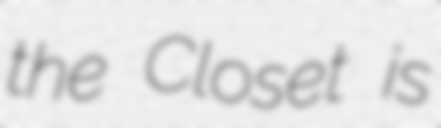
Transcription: the Closet is